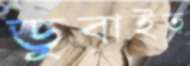
ডুবাইত